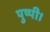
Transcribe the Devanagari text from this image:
पुष्पी।